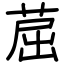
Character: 䓛